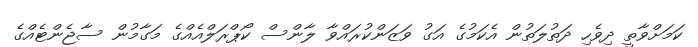
ކަމަށްވާތީ ދިވެހި ދަތުލަތުން އެކަމުގެ އަގު ވަޒަންކުރައްވާ ލާންސް ކޯޕްރަލްއެއްގެ މަގާމުން ސާޖެންޓެއްގެ